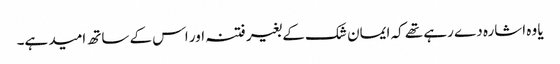
یا وہ اشارہ دے رہے تھے کہ ایمان شک کے بغیر فتنہ اور اس کے ساتھ امید ہے۔